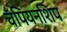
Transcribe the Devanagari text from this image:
चॅंपियनशिप